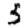
Digit: 3